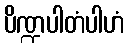
ပိဏ္ဍပါတံပါဟံ